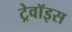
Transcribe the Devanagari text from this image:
ट्रेवॉइस